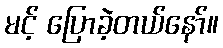
မင့် ပြောခဲ့တယ်နော်။